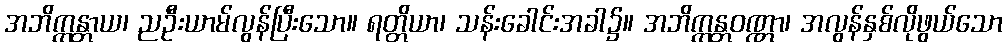
အဘိက္ကန္တာယ၊ ညဦးယာမ်လွန်ပြီးသော။ ရတ္တိယာ၊ သန်းခေါင်းအခါ၌။ အဘိက္ကန္တဝဏ္ဏာ၊ အလွန်နှစ်လိုဖွယ်သော